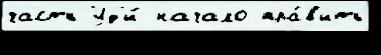
часть Уд'и́ начало пра́в'ить